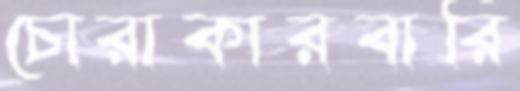
চোরাকারবারি